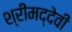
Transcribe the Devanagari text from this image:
श्रीमद्देवी